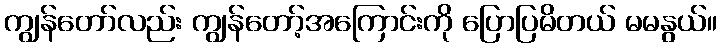
ကျွန်တော်လည်း ကျွန်တော့်အကြောင်းကို ပြောပြမိတယ် မမနွယ်။